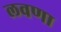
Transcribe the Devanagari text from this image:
लवणा